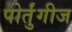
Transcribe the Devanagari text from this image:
पोर्तुंगीज